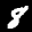
Label: 8